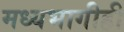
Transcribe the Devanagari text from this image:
मध्यभागीही